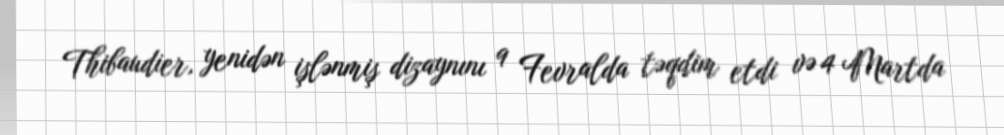
Thibaudier, yenidən işlənmiş dizaynını 9 Fevralda təqdim etdi və 4 Martda